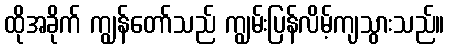
ထိုအခိုက် ကျွန်တော်သည် ကျွမ်းပြန်လိမ့်ကျသွားသည်။